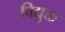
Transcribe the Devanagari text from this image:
विद्युक्त